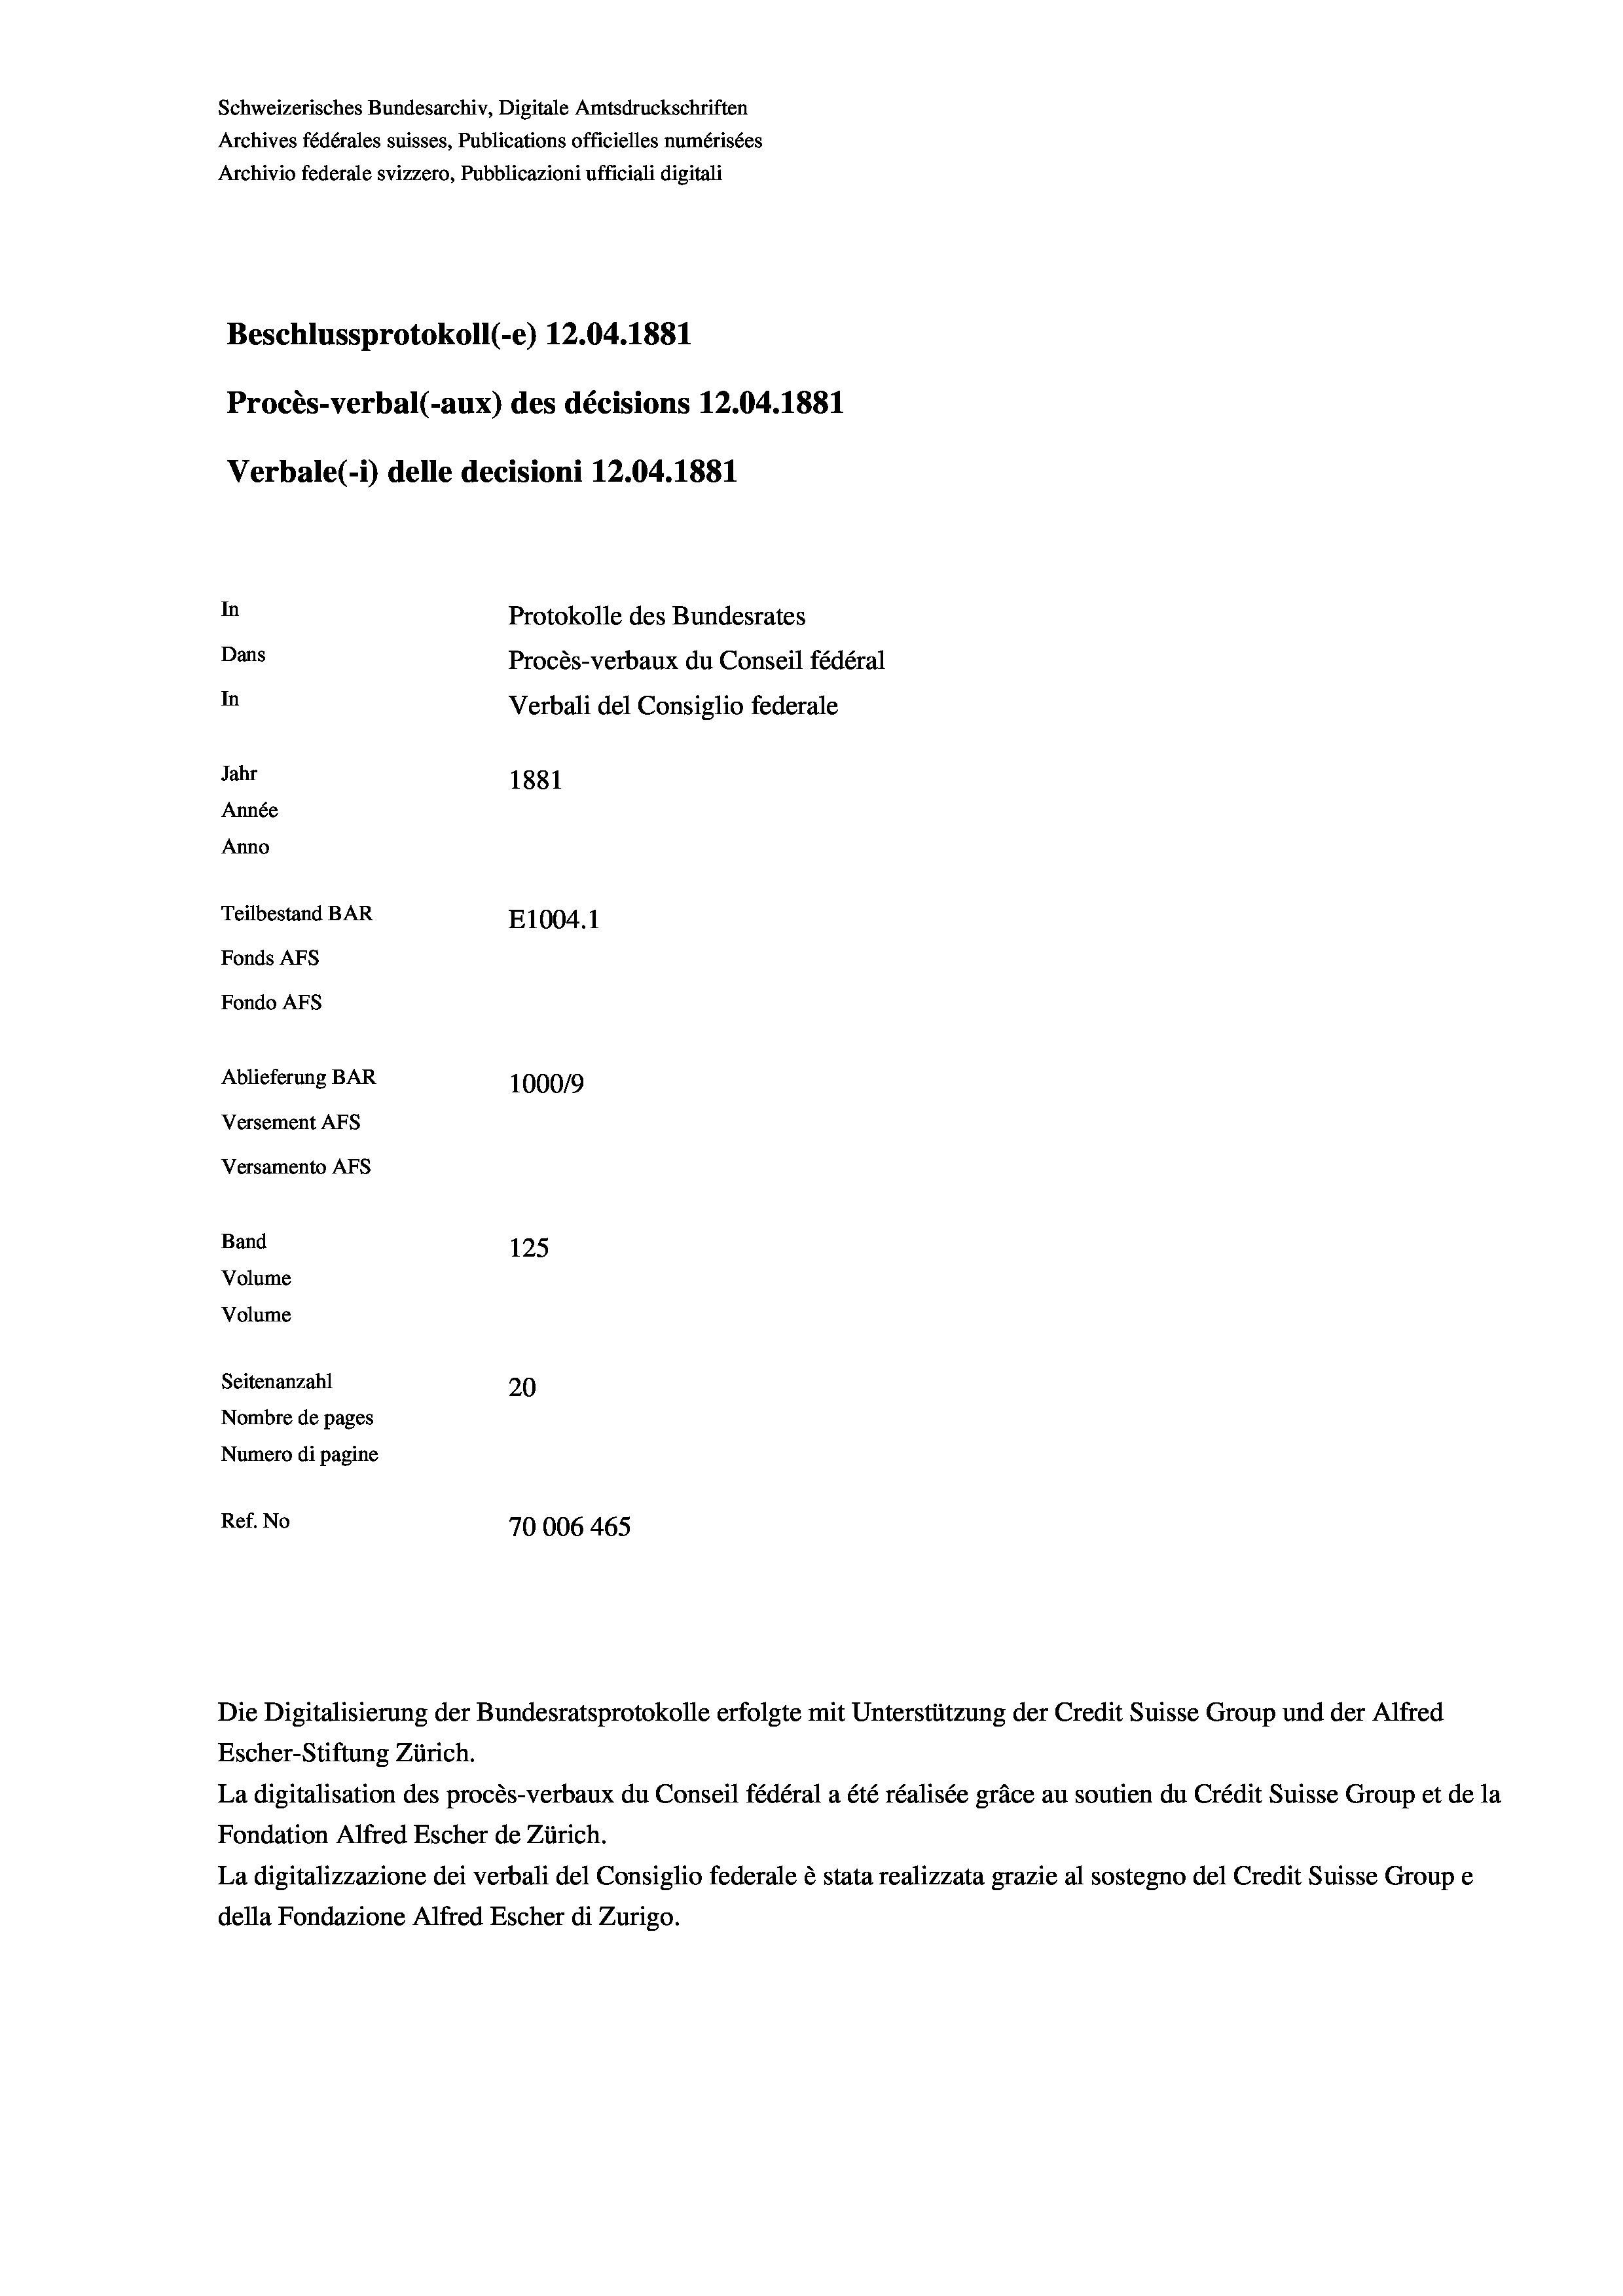
Schweizerisches Bundesarchiv, Digitale Amtsdruckschriften
Archives fédérales suisses, Publications officielles numérisées
Archivio federale svizzero, Pubblicazioni ufficiali digitali
Beschlussprotokoll (-e) 12.04. 1881
Procès-verbal (-aux) des décisions 12.04.1881
Verbale (i) delle decisioni 12.04. 1881

In
Dans
In
Jahr
1881
Année
Teilbestand BAR
E1004.1
Ablieferung BAR
1000/9
Versement Abs
Versamento AFs
Band
125
Volume
Volume

Fonds AFs
Fondo AFs

Anno

Seitenanzahl
20
Nombre de pages
Numero di pagine
Ref. No
70006 465

Protokolle des Bundesrates
Procès-verbaux du Conseil fédéral
Verbali del Consiglio federale

Die Digitalisierung der Bundesratsprotokolle erfolgte mit Unterstützung der Credit Suisse Group und der Alfred
Escher-Stiftung Zürich.
La digitalisation des procès-verbaux du Conseil fédéral a été réalisée gräce au soutien du Crédit Suisse Group et de la
Fondation Alfred Escher de Zürich.
La digitalizzazione dei verbali del Consiglio federale è stata realizzata grazie al sostegno del Credit Suisse Groupe
della Fondazione Alfred Escher di Zurigo.